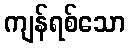
ကျန်ရစ်သော